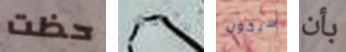
حظت سيدي سيكون بأن